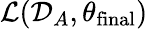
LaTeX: \mathcal{L}(\mathcal{D}_{A},\theta_{\mathrm{final}})